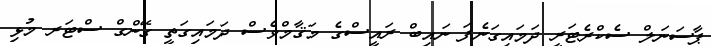
ޕާސަނަލް ސެކްރެޓަރީ ދަމައިގަނެފަ ނައިބް ރައީސްގެ މަޤާމްވެސް ދަމައިގަތީ ގޭންގް ސްޓަރ މުޅި